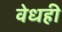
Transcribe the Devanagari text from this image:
वेधही